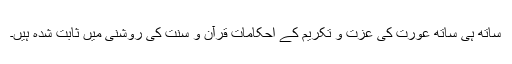
ساتھ ہی ساتھ عورت کی عزت و تکریم کے احکامات قرآن و سنت کی روشنی میں ثابت شدہ ہیں۔